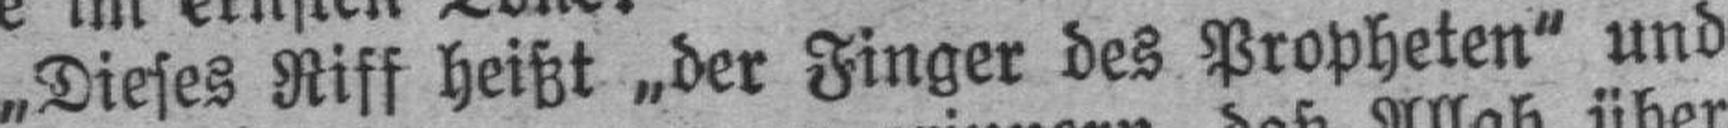
„Dieses Riff heißt „der Finger des Propheten“ und